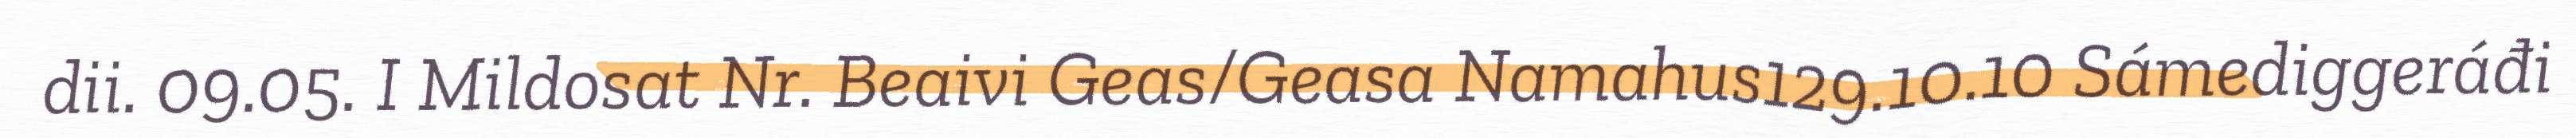
dii. 09.05. I Mildosat Nr. Beaivi Geas/Geasa Namahus129.10.10 Sámediggeráđi